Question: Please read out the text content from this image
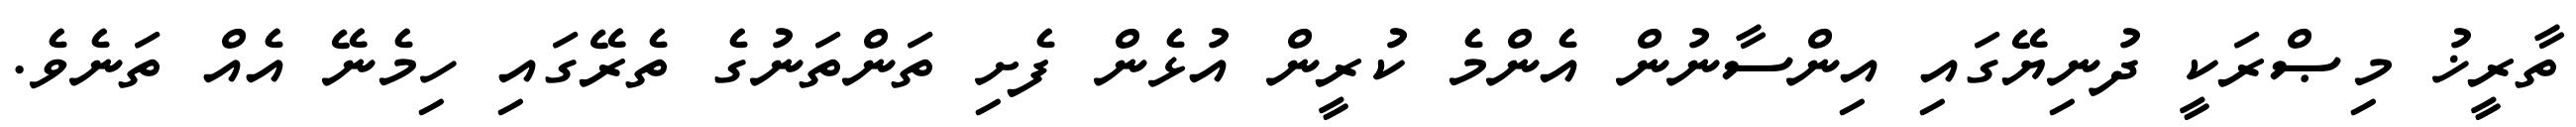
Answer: ތާރީޚު މިޞްރަކީ ދުނިޔޭގައި އިންސާނުން އެންމެ ކުރީން އުޅެން ފެށި ތަންތަނުގެ ތެރޭގައި ހިމެނޭ އެއް ތަނެވެ.